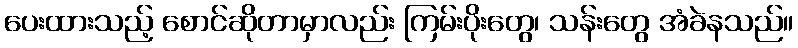
ပေးထားသည့် စောင်ဆိုတာမှာလည်း ကြမ်းပိုးတွေ၊ သန်းတွေ အံခဲနသည်။